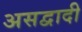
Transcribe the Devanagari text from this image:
असद्वादी